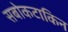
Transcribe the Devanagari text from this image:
सबोकटाकिन